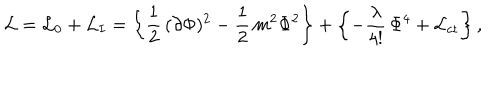
{ \cal L } = { \cal L } _ { 0 } + { \cal L } _ { I } = \left\{ \frac { 1 } { 2 } \, ( \partial \Phi ) ^ { 2 } - \frac { 1 } { 2 } \, m ^ { 2 } \Phi ^ { 2 } \right\} + \left\{ - \frac { \lambda } { 4 ! } \, \Phi ^ { 4 } + { \cal L } _ { \mathrm { c t } } \right\} ,